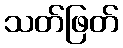
သတ်ဖြတ်